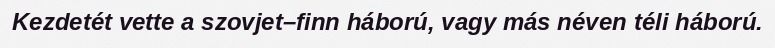
Kezdetét vette a szovjet–finn háború, vagy más néven téli háború.